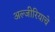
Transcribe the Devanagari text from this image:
अल्जीरियाचे